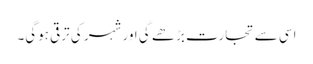
اسی سے تجارت بڑھے گی اور شہر کی ترقی ہوگی۔